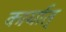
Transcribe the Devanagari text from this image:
कार्यात्